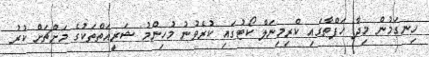
ހިނގަމުން މިދާ ހަފްތާގައި ކްރިމިނަލް ކޯޓުގައި ކުރެވުނު މުހިންމު ޝަރީއަތްތަކުގެ މަށްޗަށް ކުރު